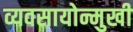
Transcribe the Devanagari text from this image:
व्यवसायोन्मुखी